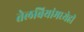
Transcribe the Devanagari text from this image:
तेलबियांमध्येही